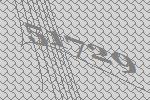
51729